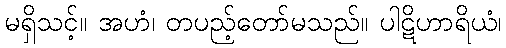
မရှိသင့်။ အဟံ၊ တပည့်တော်မသည်။ ပါဋိဟာရိယံ၊